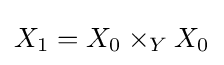
X_{1}=X_{0}\times _{Y}X_{0}